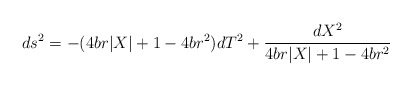
\begin{align*}ds^2 = -(4br|X| + 1 - 4br^2) dT^2 + \frac{dX^2}{4br|X| + 1 - 4br^2} \end{align*}